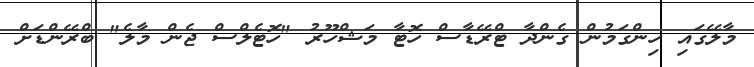
މާލޭގައި ހިންގަމުން ގެންދާ ޓްރޭޑާސް ހޮޓާ މަޝްހޫރު "ހޮޓެލްސް ޖެން މާލެ" ބްރޭންޑަށް